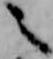
之